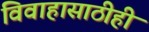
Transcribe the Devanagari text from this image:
विवाहासाठीही